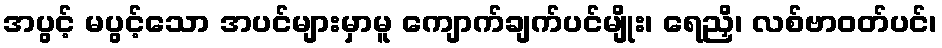
အပွင့် မပွင့်သော အပင်များမှာမူ ကျောက်ချက်ပင်မျိုး၊ ရေညှိ၊ လစ်ဗာဝတ်ပင်၊